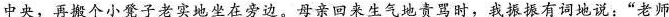
中央，再搬个小凳子老实地坐在旁边。母亲回来生气地责骂时，我振振有词地说：”老师